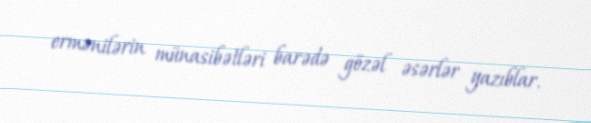
ermənilərin münasibətləri barədə gözəl əsərlər yazıblar.